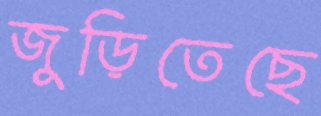
জুড়িতেছে